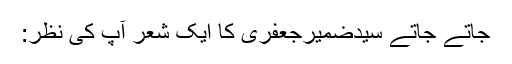
جاتے جاتے سیدضمیرجعفری کا ایک شعر آپ کی نظر: